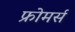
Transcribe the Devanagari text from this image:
फ्रोमर्स